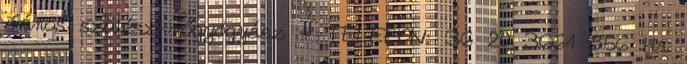
János szülész-nőgyógyász - TELEFON: 36 20 3661 856 Ha